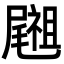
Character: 𥜀